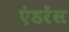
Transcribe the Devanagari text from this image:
एंडरेंस